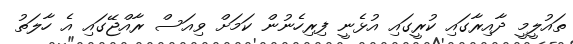
ތައުލީމީ ދާއިރާގައި ކުރީގައި އުޅެނީ ފިރިހެނުން ކަމަށް ވިއަސް ރާއްޖޭގައި އެ ހާލަތު